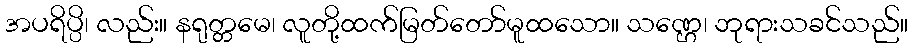
အပရိပ္ပိ၊ လည်း။ နရုတ္တမေ၊ လူတို့ထက်မြတ်တော်မူထသော။ သဏ္ဌေ၊ ဘုရားသခင်သည်။